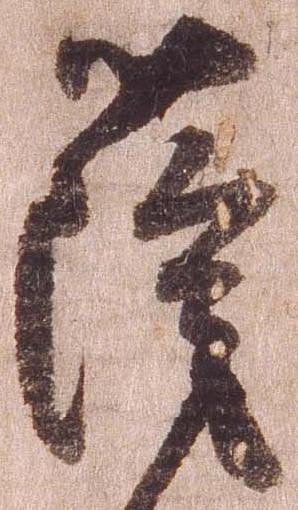
薩